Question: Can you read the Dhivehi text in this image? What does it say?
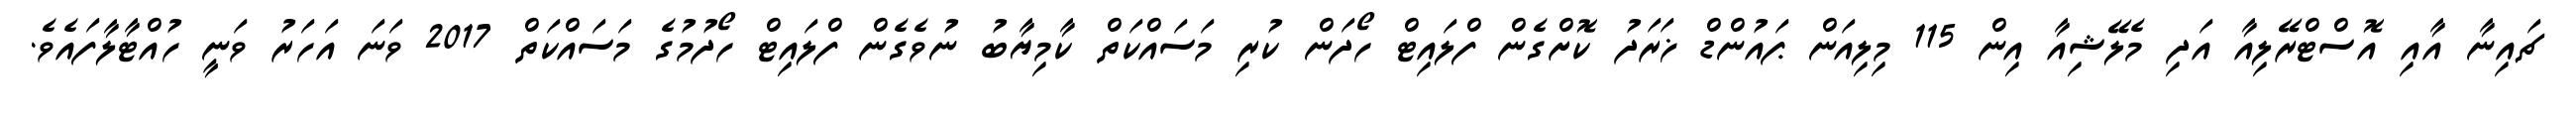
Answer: ޗައިނާ އާއި އޮސްޓްރޭލިއާ އަދި މެލޭޝިއާ އިން 115 މިލިއަން ޕައުންޑް ޚަރަދު ކޮށްގެން ފްލައިޓް ހޯދަން ކުރި މަސައްކަތް ކާމިޔާބު ނުވެގެން ފްލައިޓް ހޯދުމުގެ މަސައްކަތް 2017 ވަނަ އަހަރު ވަނީ ހުއްޓާލާފައެވެ.